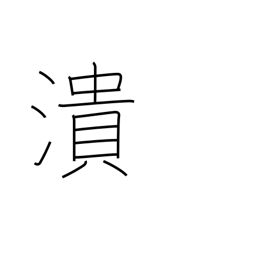
Meaning: crush